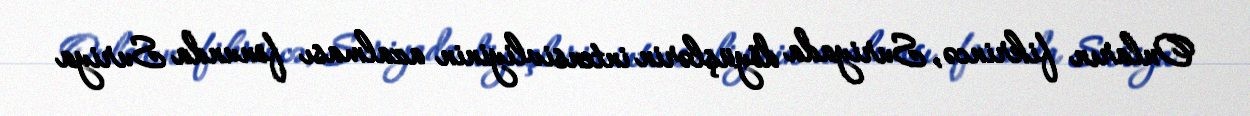
Onların fikrincə, Suriyada döyüşlərin intensivliyinin azalması fonunda Suriya